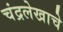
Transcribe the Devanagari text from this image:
चंद्रलेखाचे